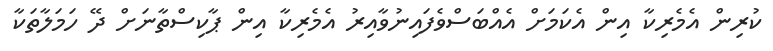
ކުރިން އެމެރިކާ އިން އެކަމަށް އެއްބަސްވެފައިނުވާއިރު އެމެރިކާ އިން ޕާކިސްތާނަށް ދޭ ހަމަލާތަކާ